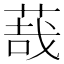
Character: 𦳦